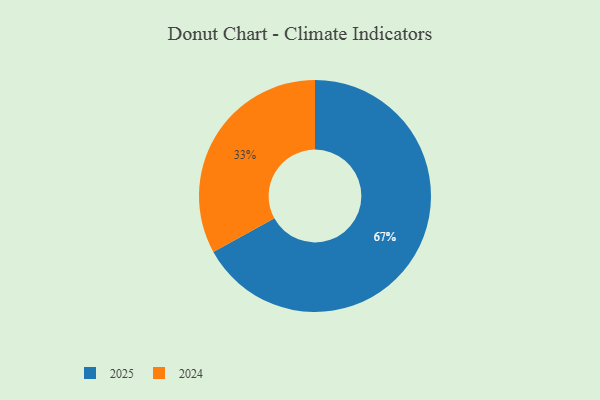
{"axis": {"x": "Category", "y": "Percentage"}, "legend": ["2024", "2025"], "data": [{"x": "2025", "y": 67, "type": "2025"}, {"x": "2024", "y": 33, "type": "2024"}]}